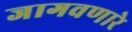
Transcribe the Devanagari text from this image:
जागवणारे